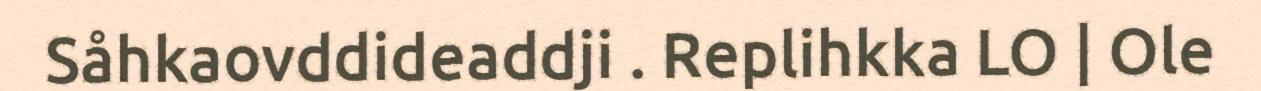
Såhkaovddideaddji . Replihkka LO | Ole